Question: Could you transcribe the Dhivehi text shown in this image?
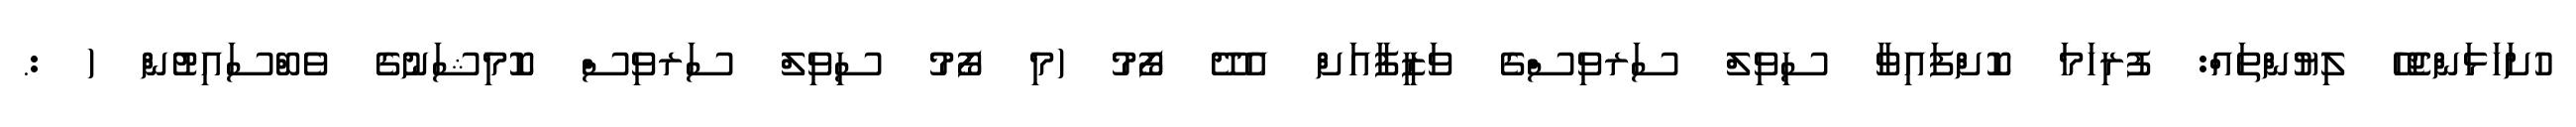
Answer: ހުށަހަޅަންޖެހޭ ލިޔުންތައް: ފުރިހަމަ ކޮށްފައިވާ ސިވިލް ސަރވިސްގެ ވަޒީފާއަށް އެދޭ ފޯމު (މި ފޯމު ސިވިލް ސަރވިސް ކޮމިޝަނުގެ ވެބްސައިޓުން ( :.